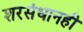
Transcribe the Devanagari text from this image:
शरसंधानही